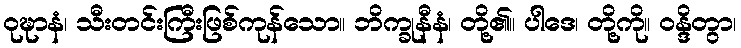
ဝုဍ္ဎာနံ၊ သီးတင်းကြီးဖြစ်ကုန်သော။ ဘိက္ခုနီနံ၊ တို့၏။ ပါဒေ၊ တို့ကို။ ဝန္ဒိတွာ၊